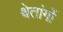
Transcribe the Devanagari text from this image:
श्वेतांगों